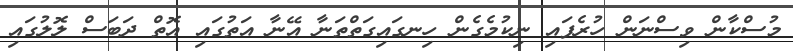
މުސްކާން ވިސްނަން ހުރެފައި ނިކުމެގެން ހިނގައިގަތްތަނާ އޭނާ އަތުގައި އޮތް ދަބަސް ލޮލުގައި